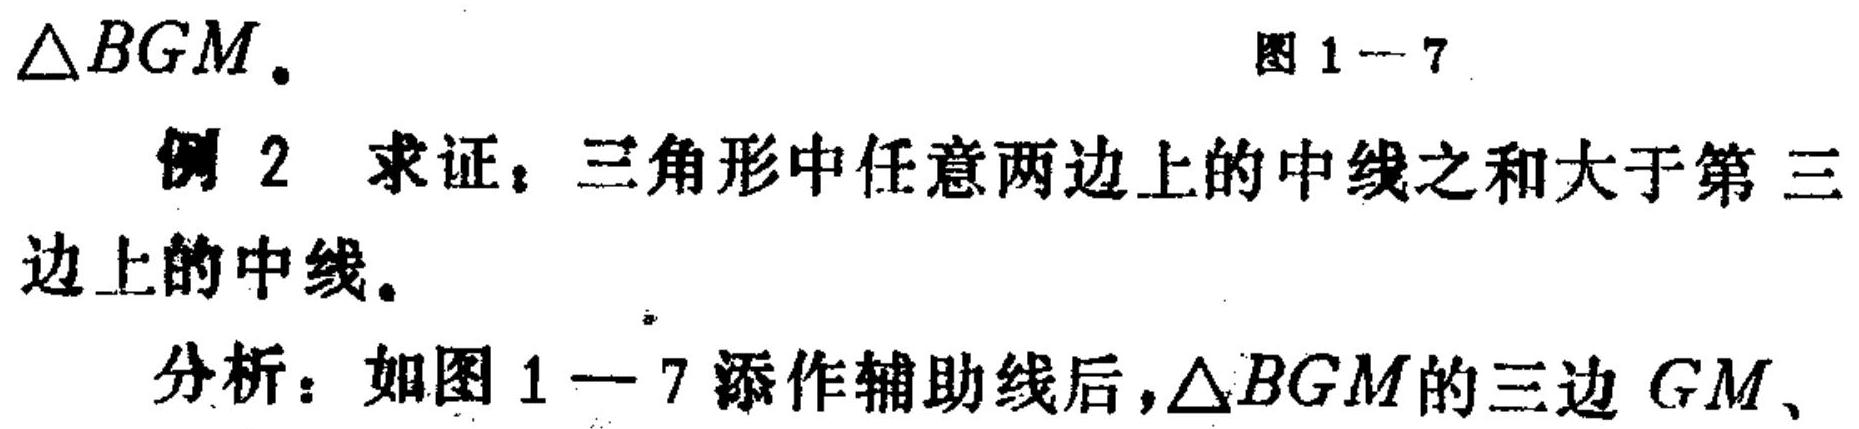
$\triangle BGM$.
图 1—7
例2 求证：三角形中任意两边上的中线之和大于第三边上的中线。
分析：如图1—7添作辅助线后，$\triangle BGM$的三边$GM$、